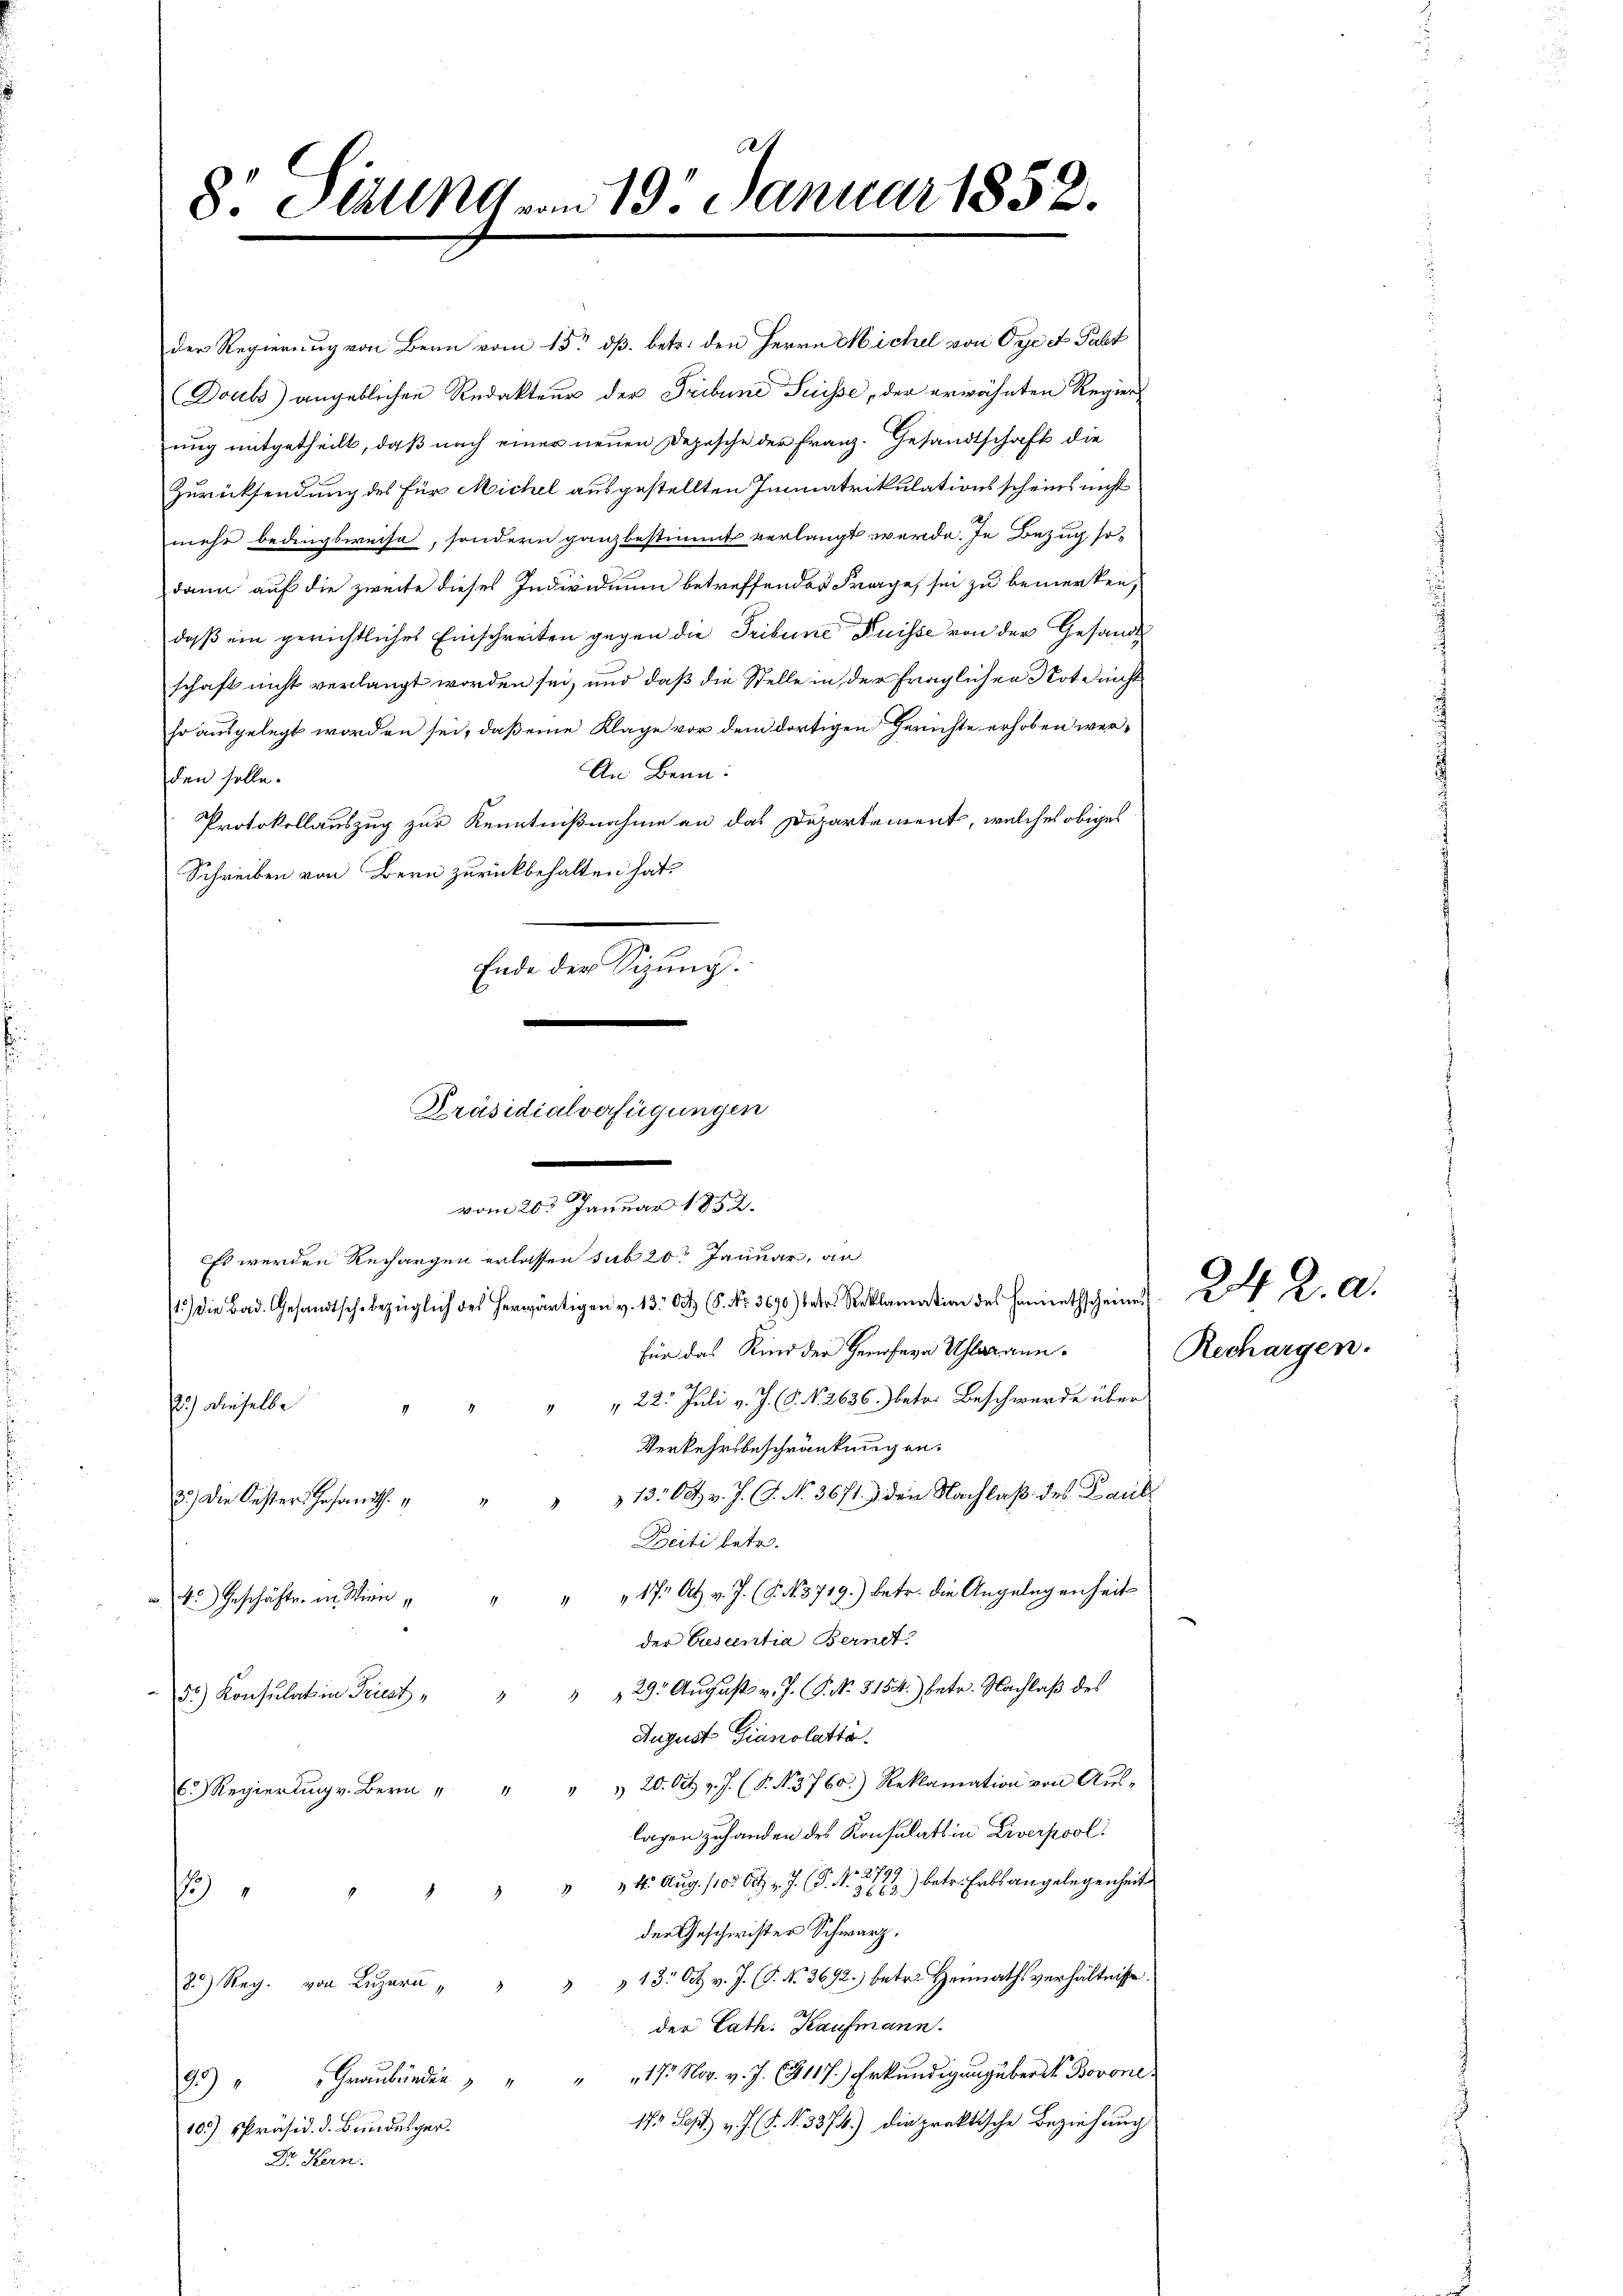
der Regierung von Bern vom 15. dß. betr. den Herrn Michel von Oye et Falt
Doubs) angeblichen Redakteur der Tribuni Suisse, der erwähnten Regier
uug mitgetheilt, daß nach einer neuen Depesche der Franz. Gesandtschaft die
Zurücksendung des für Michel ausgestellten Immatrikulationsscheins nicht
mehr bedingsweise, sondern ganz bestimmt verlangt werde. In Bezug so-
dann auf die zweite dieses Individuum betreffendes Frage, sei zu bemerken,
daß ein gerichtliches Einschreiten gegen die Tribüne Puisse von der Gesandt
schaft nicht verlangt worden sei, und daß die Stelle in der fraglichen Not nicht
so ausgelegt worden sei, daß eine Klage vor dem dortigen Gerichte erhoben wer¬
An Bern:
den solle.
Protokollauszug zur Kenntnißnahme an das Departement, welches obiges
Schreiben von Bern zurückbehalten hat.
/ die Bad Gesandtsch bezüglich des herwärtigen v. 13. Oct. C. c. 2670) der Reklamation des Herinthscheine 2 K. A.
für das Kind der Herrsern Uhlarann¬
" " 22. Juli v. J. (S. Nr. 2636.) betr. Beschwerde über
2.) Dieselbe
Verkehrsbeschränkungen.
2.) Die Oester Gesandt. " " " " 130 t v. J. G. No. 3671.) Den Nachlaß des Kaul
Beiti betr.
" 4. Geschäfte. in Wien " " " " 17 Art v. J. (§. 13719.) betr. die Angelegenheit
der Ersentia Bernet
56) Konsulat in Triest " " " " 29. August v. J. P. No. 3154) betr. Nachlaß des
August Gianolatta.
R. " " " 20. Oct. v. J. (T. N. 3760.) Reklamation von Aŭs-
lagen zuhanden des Konsulats in Liverpool
7) " " " " " " 4. Aŭg. /10. Oct. v. J. P. Nr. 272) betr. Erbsangelegenheit
der Geschwister Schwarz.
2) Reg. von Luzer " " " " 13. Oct. v. J. (T. No. 3692.) betr. Heimathsverhältnisse.
der Cath. Kaufmann.
9.) " " Graubünden " " " " 17. Nov. v. J. (9117.) Erkundigungsberst Borone
173 Sept v. J. (S. Nr. 3374.) Die praktische Beziehung
10.) Präsid. d. Bundesger¬
Dr. Kern.

8. Sirung vom 19. Januar 1852.

Ende der Sitzung.
Präsidialverfügungen
e
vom 20. Januar 1852.
Es werden Rechargen erlassen sub 20. Januar, an

Rechargen.